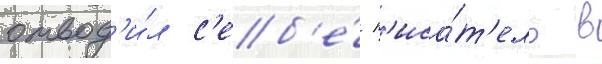
отвод'и́л с'еб'е́ п'иса́т'ель в